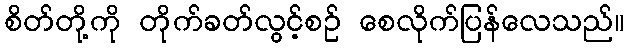
စိတ်တို့ကို တိုက်ခတ်လွင့်စဉ် စေလိုက်ပြန်လေသည်။